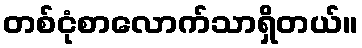
တစ်ငုံစာလောက်သာရှိတယ်။